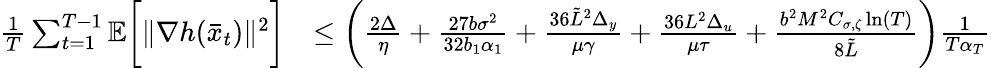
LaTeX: \begin{array}{rl}{\frac{1}{T}\sum_{t=1}^{T-1}\mathbb{E}\bigg[\| \nabla h(\bar{x}_{t})\| ^{2}\bigg]}&{\leq\bigg(\frac{2\Delta}{\eta}+\frac{27b\sigma^{2}}{32b_{1}\alpha_{1}}+\frac{36\tilde{L}^{2}\Delta_{y}}{\mu\gamma}+\frac{36L^{2}\Delta_{u}}{\mu\tau}+\frac{b^{2}M^{2}C_{\sigma,\zeta}\ln(T)}{8\tilde{L}}\bigg)\frac{1}{T\alpha_{T}}}\end{array}